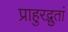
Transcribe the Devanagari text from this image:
प्राहुरद्भुतां